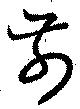
前